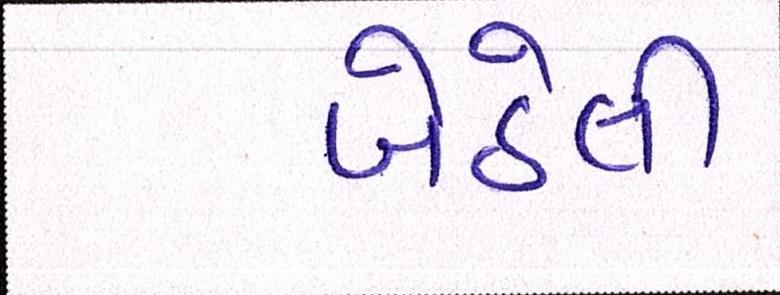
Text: બેઠેલી